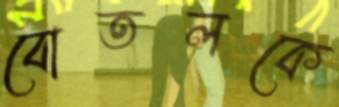
বোতলকে